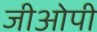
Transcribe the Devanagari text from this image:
जीओपी